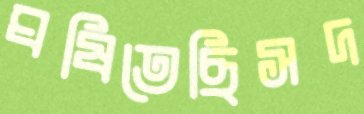
ঘষিতেছিসদ